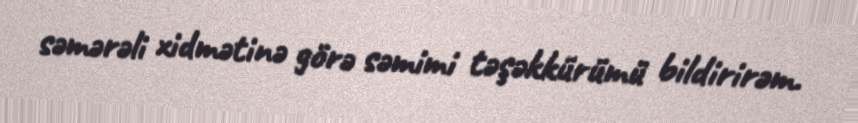
səmərəli xidmətinə görə səmimi təşəkkürümü bildirirəm.